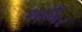
શામિર